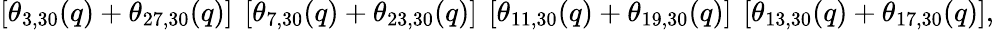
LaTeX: \left[\theta_{3,30}(q)+\theta_{27,30}(q)\right]{}~\left[\theta_{7,30}(q)+\theta_{23,30}(q)\right]{}~\left[\theta_{11,30}(q)+\theta_{19,30}(q)\right]{}~\left[\theta_{13,30}(q)+\theta_{17,30}(q)\right],